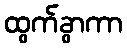
ထွက်ခွာကာ